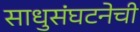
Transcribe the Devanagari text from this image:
साधुसंघटनेची